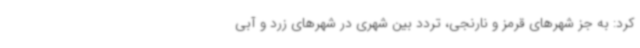
کرد: به جز شهرهای قرمز و نارنجی، تردد بین شهری در شهرهای زرد و آبی